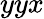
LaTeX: yyx